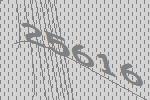
25616